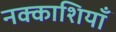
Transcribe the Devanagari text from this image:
नक्काशियाँ